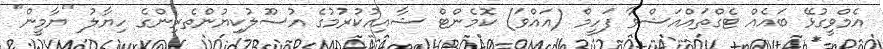
އެމްވީގުޅޭ ބައެއް ޓެގްތައްއަޝްވާ ފަހީމް (އައްވަ) ކޮމެންޓް ޝާއިއުކުރުމުގެ އުސޫލުކިޔުންތެރިންގެ ހިޔާލު "ޔާމީން"